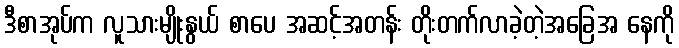
ဒီစာအုပ်က လူသားမျိုးနွယ် စာပေ အဆင့်အတန်း တိုးတက်လာခဲ့တဲ့အခြေအ နေကို